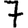
Digit: 7